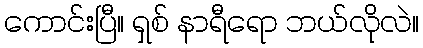
ကောင်းပြီ။ ရှစ် နာရီရော ဘယ်လိုလဲ။